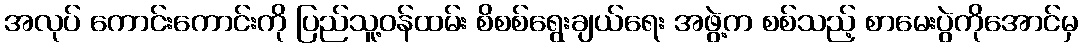
အလုပ် ကောင်းကောင်းကို ပြည်သူ့ဝန်ထမ်း စိစစ်ရွေးချယ်ရေး အဖွဲ့က စစ်သည့် စာမေးပွဲကိုအောင်မှ